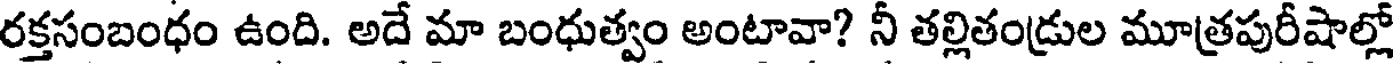
రక్తసంబంధం ఉంది. అదే మా బంధుత్వం అంటావా? నీ తల్లితండ్రుల మూత్రపురీషాల్లో